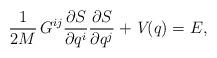
LaTeX: \begin{align*}\frac{1}{2M}\,G^{ij}\frac{\partial S}{\partial q^i}\frac{\partial S}{\partial q^j}+\textit{V}(q)=E,\end{align*}